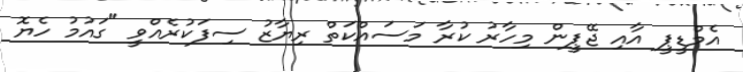
އެމްޑީޕީ އާއި ޖޭޕީން މިހާރު ކުރާ މަސައްކަތް ރިޔާޒު ސިފަކުރެއްވީ "ގައުމު ހެޔޮ